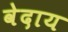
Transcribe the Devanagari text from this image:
वेदाय